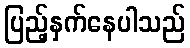
ပြည့်နှက်နေပါသည်